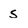
Character: s